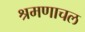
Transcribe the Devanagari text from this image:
श्रमणाचल